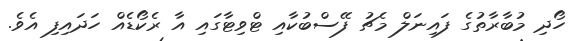
ހޯދި މުބާރާތުގެ ފައިނަލް މެޗު ފޭސްބުކާއި ޓްވިޓާގައި އާ ރެކޯޑެއް ހަދައިފި އެވެ.